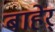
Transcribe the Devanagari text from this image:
बाहेर्